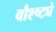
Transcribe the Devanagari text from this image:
वौश्ष्ट्ये